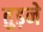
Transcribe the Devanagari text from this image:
तुड़ने